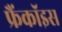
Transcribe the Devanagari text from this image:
फ्रैंकॉइस